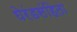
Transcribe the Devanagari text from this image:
घेरंडसंहिता